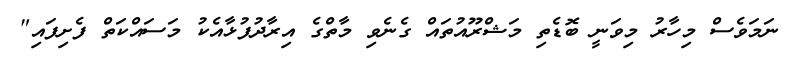
ނަމަވެސް މިހާރު މިވަނީ ބޮޑެތި މަޝްރޫއުތައް ގެނެވި މާތްގެ އިރާދުފުޅާއެކު މަސައްކަތް ފެށިފައި"